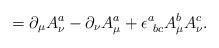
LaTeX: \begin{align*}=\partial_\mu A^a_\nu-\partial_\nu A^a_\mu +\epsilon^a_{\ bc}A^b_\mu A^c_\nu .\end{align*}